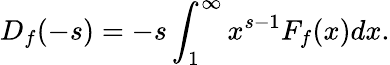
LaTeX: D_{f}(-s)=-s\int_{1}^{\infty}x^{s-1}F_{f}(x)dx.